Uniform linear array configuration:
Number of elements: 16
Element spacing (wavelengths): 1
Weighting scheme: hamming
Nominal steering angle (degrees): -30
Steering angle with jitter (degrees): -28.837
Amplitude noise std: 0.05
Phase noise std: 0.05

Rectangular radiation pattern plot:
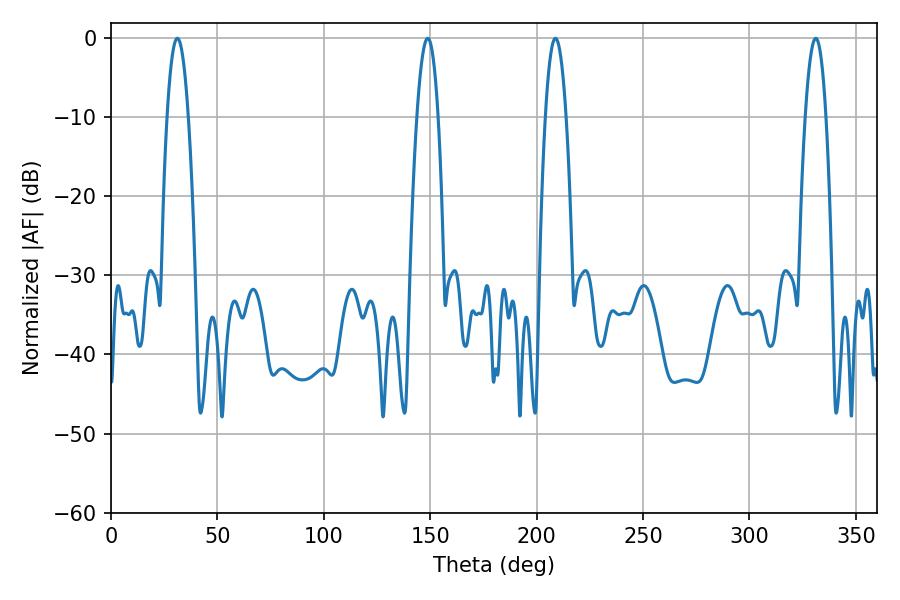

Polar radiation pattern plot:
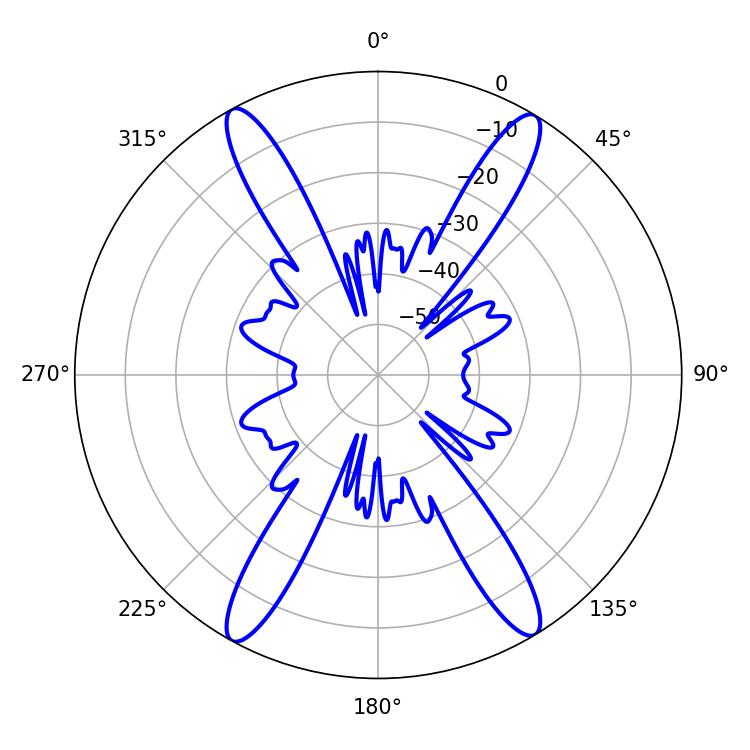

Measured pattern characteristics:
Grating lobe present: TRUE
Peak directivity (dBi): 23.223
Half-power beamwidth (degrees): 5.58
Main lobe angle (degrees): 31.14